Report on sanitation, dispensaries, and jails in Rajputana for 1910, and on vaccination for the year 1910-1911 - 1910-1911
Year: 1910
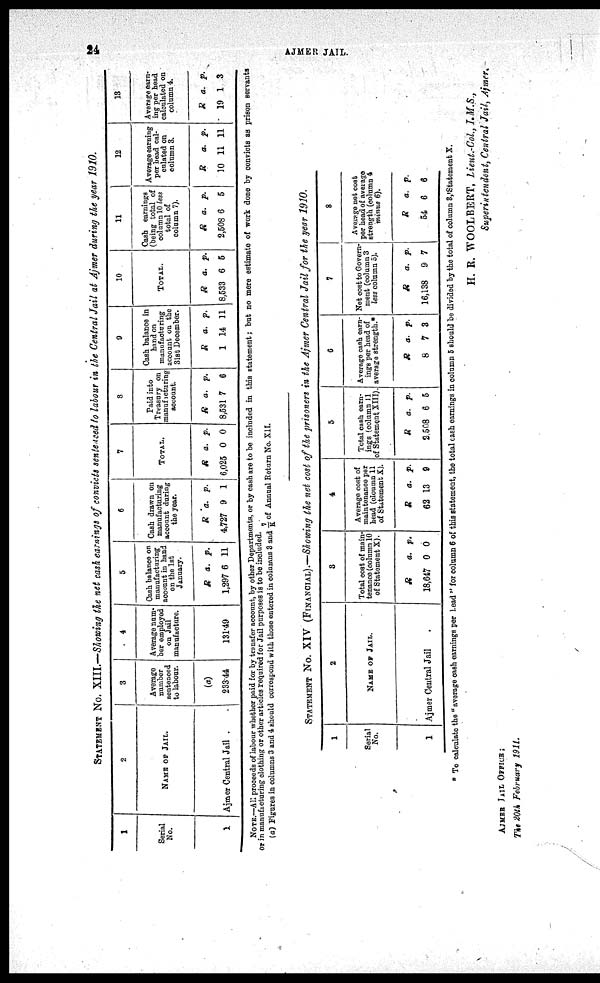
24
AJMER JAIL.
STATEMENT No. XIII.—Showing the net cash earnings of convicts sentenced to labour in the Central Jail at Ajmer during the year 1910.
1
Serial
No.
1
2
NAME OF JAIL.
Ajmer Central Jail .
3
Average
number
sentenced
to labour.
(a)
233.44
4
Average num-
ber employed
on Jail
manufacture.
131.49
5
Cash balance on
manufacturing
account in hand
on the 1st
January.
R
1,297
a.
6
p.
11
6
Cash drawn on
manufacturing
account during
the year.
R
4,727
a.
9
P.
1
7
TOTAL.
R
6,025
a.
0
p.
0
8
Paid into
Treasury on
manuficturing
account.
R
8,531
a.
7
p.
6
9
Cash balance in
hand on
manufacturing
account on the
31st December.
R
1
a.
14
p.
11
10
TOTAL.
R
8,533
a.
6
p.
5
11
Cash earnings
(being total of
column 10 less
total of
column 7).
R
2,508
a.
6
p.
5
12
Average earning
per bead cal-
culated on
column 3.
R
10
a.
11
p.
11
13
Average earn-
ing per head
calculated on
column 4.
R
19
a.
1
p.
3
NOTE.—All proceeds of labour whether paid for by transfer account, by other Departments, or by cash are to be included in this statement; but no mere estimate of work done by convicts as prison servants
or in manufacturing clothing or other articles required for Jail purposes is to be included.
(a) Figures in columns 3 and 4 should correspond with those entered in columns 3 and 7/K of Annual Return No. XII.
STATEMENT No. XIV (FINANCIAL).—Showing the net cost of the prisoners in the Ajmer Central Jail for the year 1910.
1
Serial
No.
1
2
NAME OF JAIL.
Ajmer Central Jail
3
Total cost of main-
tenance (column 10
of Statement X).
R
18,647
a.
0
p.
0
4
Average cost of
maintenance per
head (cloumn 11
of Statement X).
R
62
a.
13
p.
9
5
Total cash earn-
ings (column 11
of Statement XIII).
R
2,508
a.
6
p.
5
6
Average cash earn-
ings per head of
average strength.*
R
8
a.
7
p.
3
7
Net cost to Govern-
ment (column 3
less column 5).
R
16,138
a.
9
p.
7
8
Average net cost
per head of average
strength (column 4
minus 6).
R
54
a.
6
p.
6
* To calculate the "average cash earnings per Lead" for column 6 of this statement, the total cash earnings in column 5 should be divided by the total of column 3, Statement X.
H. R. WOOLBERT, Lieut.-Col., I.M.S.,
Superintendent, Central Jail, Ajmer.
AJMER JAIL OFFICE;
The 20th February 1911.